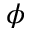
\phi